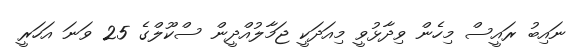
ނައިބު ރައީސް މިހެން ވިދާޅުވީ މިއަދަކީ ޖަމާލުއްދީން ސްކޫލްގެ 25 ވަނަ އަހަރީ